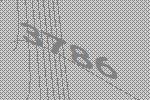
3786